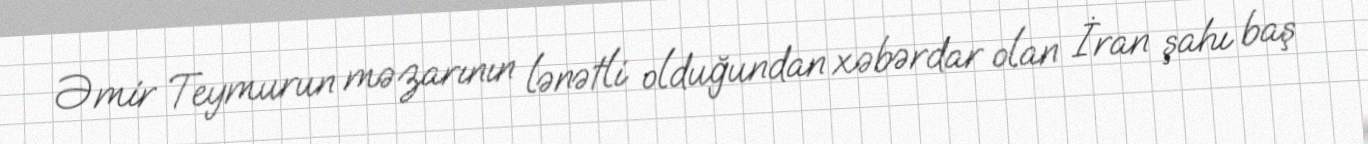
Əmir Teymurun məzarının lənətli olduğundan xəbərdar olan İran şahı baş